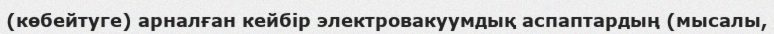
(көбейтуге) арналған кейбір электровакуумдық аспаптардың (мысалы,